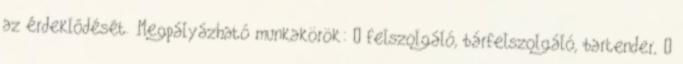
az érdeklődését. .Megpályázható munkakörök: – felszolgáló, bárfelszolgáló, bartender, –